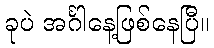
ခုပဲ အင်္ဂါနေ့ဖြစ်နေပြီ။